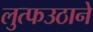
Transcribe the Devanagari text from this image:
लुत्फउठाने